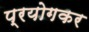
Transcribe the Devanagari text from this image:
प्रयोगकर